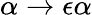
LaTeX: \alpha\rightarrow\epsilon\alpha